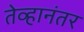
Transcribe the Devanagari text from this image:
तेव्हानंतर